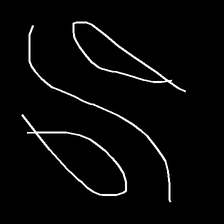
Glyph: water